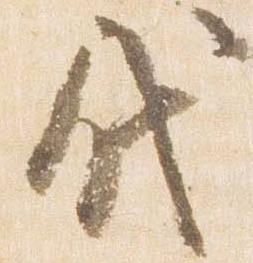
代